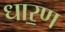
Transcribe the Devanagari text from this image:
धार॒ण